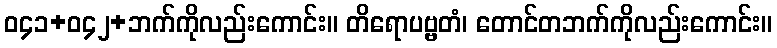
ဝ၄၁+ဝ၄၂+ဘက်ကိုလည်းကောင်း။ တိရောပဗ္ဗတံ၊ တောင်တဘက်ကိုလည်းကောင်း။